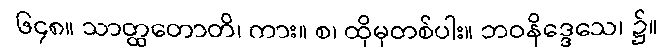
၆၄၈။ သာတ္ထတောတိ၊ ကား။ စ၊ ထိုမှတစ်ပါး။ ဘဝနိဒ္ဒေသေ၊ ၌။